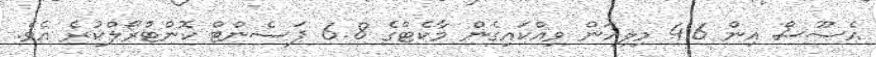
އެސޫސް އިން 4.6 މިލިއަން ވިއްކައިގެން މާކެޓްގެ 6.8 ޕަސެންޓް ކޮންޓްރޯލްކުރެ އެވެ.